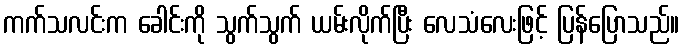
ကက်သလင်းက ခေါင်းကို သွက်သွက် ယမ်းလိုက်ပြီး လေသံလေးဖြင့် ပြန်ပြောသည်။